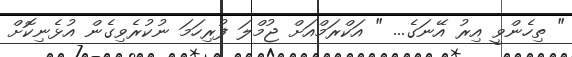
" ތިހެންވީ އިރު އޭނަގެ... " އަކްރަމްއަށް ޖުމްލަ ފުރިހަމަ ނުކުރެވިގެން އުޅެނިކޮށް